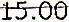
15.00